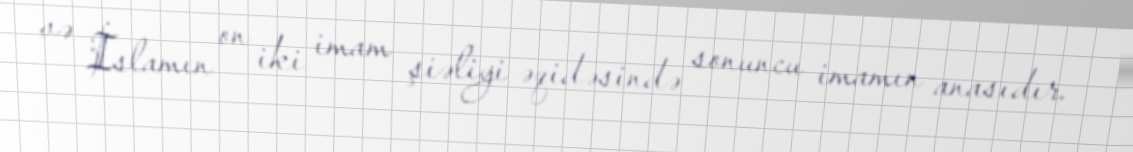
və İslamın on iki imam şiəliyi əqidəsində sonuncu imamın anasıdır.